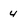
Character: 4